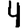
Digit: 4